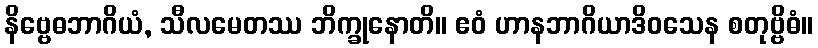
နိဗ္ဗေဓဘာဂိယံ, သီလမေတဿ ဘိက္ခုနောတိ။ ဧဝံ ဟာနဘာဂိယာဒိဝသေန စတုဗ္ဗိဓံ။